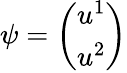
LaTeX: \psi={\left(\begin{array}{l}{u^{1}}\\ {u^{2}}\end{array}\right)}